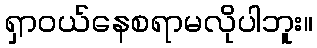
ရှာဝယ်နေစရာမလိုပါဘူး။